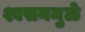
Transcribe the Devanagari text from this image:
श्वसनमुळे